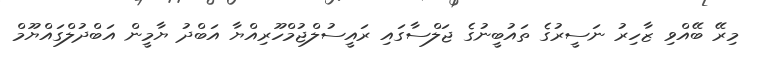
މިރޭ ބޭއްވި ޒާހިރު ނަސީރުގެ ތައުބީނުގެ ޖަލްސާގައި ރައީސުލްޖުމްހޫރިއްޔާ އަބްދު ޔާމީން އަބްދުލްގައްޔޫމް